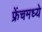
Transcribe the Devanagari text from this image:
फ्रेंचमध्ये